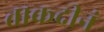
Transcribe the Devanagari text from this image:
ताकदीनं